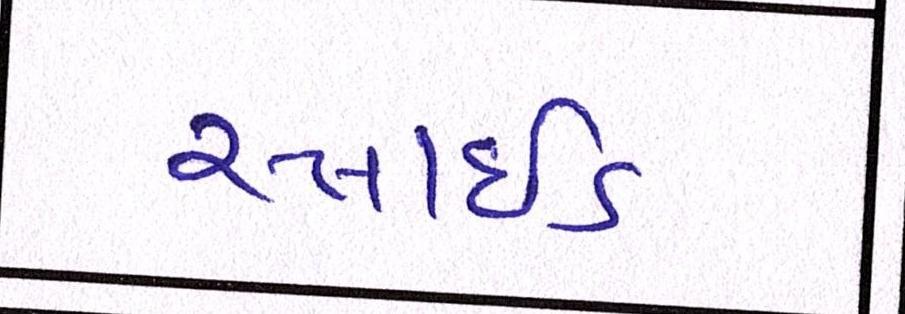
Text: સ્લાઇડ